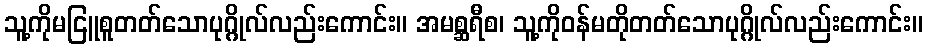
သူ့ကိုမငြူစူတတ်သောပုဂ္ဂိုလ်လည်းကောင်း။ အမစ္ဆရီစ၊ သူ့ကိုဝန်မတိုတတ်သောပုဂ္ဂိုလ်လည်းကောင်း။